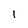
Character: I